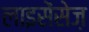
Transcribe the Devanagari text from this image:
लाइसेंसेज़